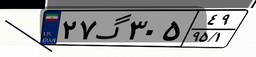
۲۷گ۳۰۵۴۹